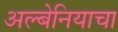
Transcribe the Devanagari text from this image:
अल्बेनियाचा